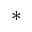
^ \ast